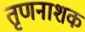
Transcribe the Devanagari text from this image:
तृणनाशक